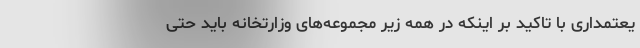
یعتمداری با تاکید بر اینکه در همه زیر مجموعه‌های وزارتخانه باید حتی